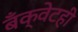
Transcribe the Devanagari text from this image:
बँक्वेटही